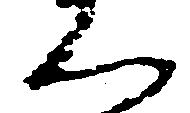
く